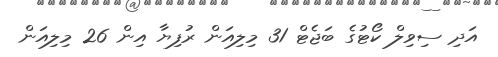
އަދި ސިވިލް ކޯޓުގެ ބަޖެޓް 31 މިލިއަން ރުފިޔާ އިން 26 މިލިއަން